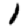
Digit: 1